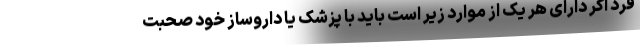
فرد اگر دارای هر یک از موارد زیر است باید با پزشک یا داروساز خود صحبت